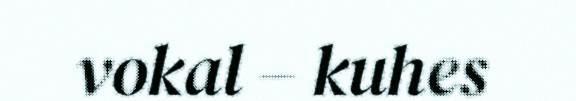
vokal – kuhes